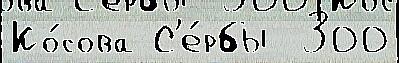
Ко́сова С'е́рбы  300